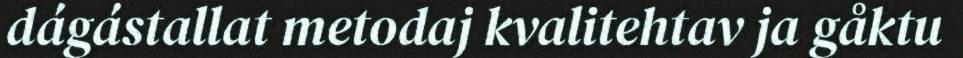
dágástallat metodaj kvalitehtav ja gåktu